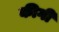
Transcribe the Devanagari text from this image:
कीगी